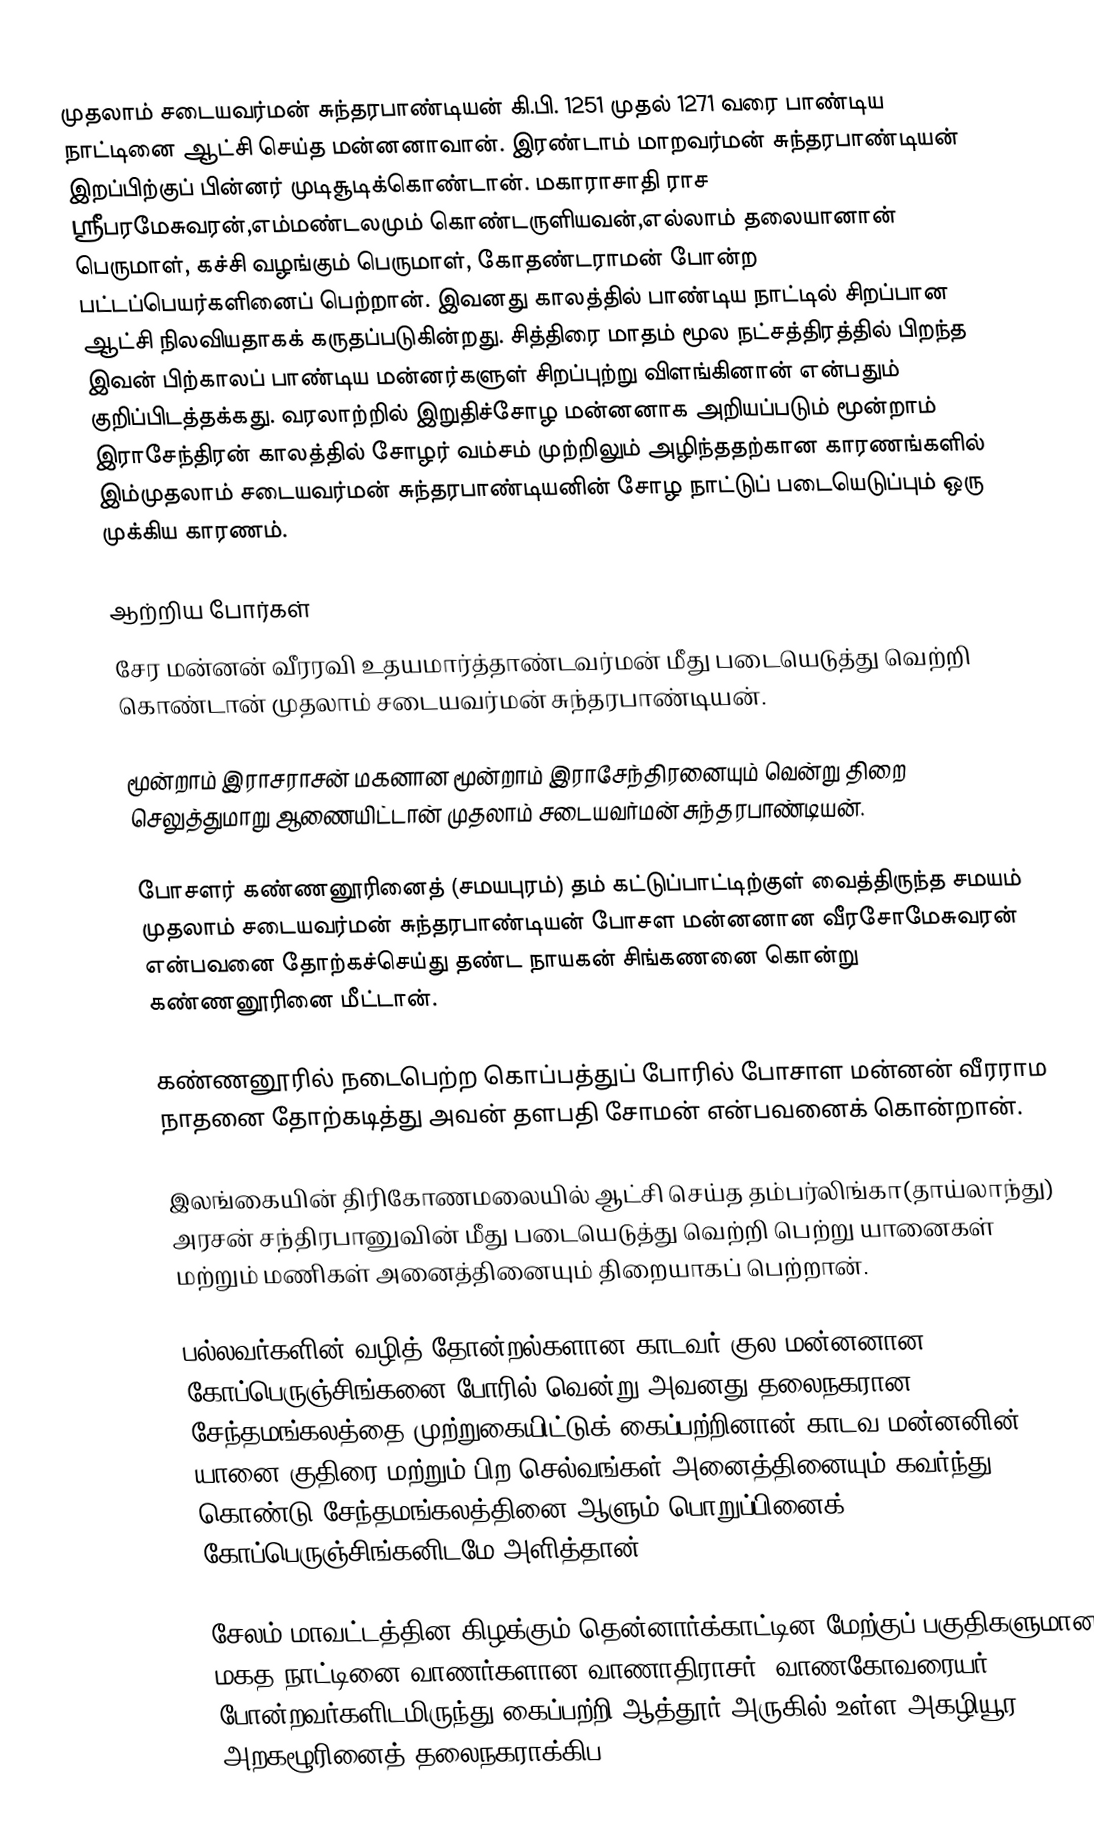
முதலாம் சடையவர்மன் சுந்தரபாண்டியன் கி.பி. 1251 முதல் 1271 வரை பாண்டிய நாட்டினை ஆட்சி செய்த மன்னனாவான். இரண்டாம் மாறவர்மன் சுந்தரபாண்டியன் இறப்பிற்குப் பின்னர் முடிசூடிக்கொண்டான். மகாராசாதி ராச ஸ்ரீபரமேசுவரன்,எம்மண்டலமும் கொண்டருளியவன்,எல்லாம் தலையானான் பெருமாள், கச்சி வழங்கும் பெருமாள், கோதண்டராமன் போன்ற பட்டப்பெயர்களினைப் பெற்றான். இவனது காலத்தில் பாண்டிய நாட்டில் சிறப்பான ஆட்சி நிலவியதாகக் கருதப்படுகின்றது. சித்திரை மாதம் மூல நட்சத்திரத்தில் பிறந்த இவன் பிற்காலப் பாண்டிய மன்னர்களுள் சிறப்புற்று விளங்கினான் என்பதும் குறிப்பிடத்தக்கது. வரலாற்றில் இறுதிச்சோழ மன்னனாக அறியப்படும் மூன்றாம் இராசேந்திரன் காலத்தில் சோழர் வம்சம் முற்றிலும் அழிந்ததற்கான காரணங்களில் இம்முதலாம் சடையவர்மன் சுந்தரபாண்டியனின் சோழ நாட்டுப் படையெடுப்பும் ஒரு முக்கிய காரணம்.

ஆற்றிய போர்கள்
 சேர மன்னன் வீரரவி உதயமார்த்தாண்டவர்மன் மீது படையெடுத்து வெற்றி கொண்டான் முதலாம் சடையவர்மன் சுந்தரபாண்டியன்.

 மூன்றாம் இராசராசன் மகனான மூன்றாம் இராசேந்திரனையும் வென்று திறை செலுத்துமாறு ஆணையிட்டான் முதலாம் சடையவர்மன் சுந்தரபாண்டியன்.

 போசளர் கண்ணனூரினைத்  (சமயபுரம்) தம் கட்டுப்பாட்டிற்குள் வைத்திருந்த சமயம் முதலாம் சடையவர்மன் சுந்தரபாண்டியன் போசள மன்னனான வீரசோமேசுவரன் என்பவனை தோற்கச்செய்து தண்ட நாயகன் சிங்கணனை கொன்று கண்ணனூரினை மீட்டான்.

 கண்ணனூரில் நடைபெற்ற கொப்பத்துப் போரில் போசாள மன்னன் வீரராம நாதனை தோற்கடித்து அவன் தளபதி சோமன் என்பவனைக் கொன்றான்.

 இலங்கையின் திரிகோணமலையில் ஆட்சி செய்த தம்பர்லிங்கா(தாய்லாந்து) அரசன் சந்திரபானுவின் மீது படையெடுத்து வெற்றி பெற்று யானைகள் மற்றும் மணிகள் அனைத்தினையும் திறையாகப் பெற்றான்.

 பல்லவர்களின் வழித் தோன்றல்களான காடவர் குல மன்னனான கோப்பெருஞ்சிங்கனை போரில் வென்று அவனது தலைநகரான  சேந்தமங்கலத்தை முற்றுகையிட்டுக் கைப்பற்றினான்.காடவ மன்னனின் யானை,குதிரை மற்றும் பிற செல்வங்கள் அனைத்தினையும் கவர்ந்து கொண்டு சேந்தமங்கலத்தினை ஆளும் பொறுப்பினைக்  கோப்பெருஞ்சிங்கனிடமே அளித்தான்.

 சேலம் மாவட்டத்தின கிழக்கும் தென்னார்க்காட்டின மேற்குப் பகுதிகளுமான மகத நாட்டினை வாணர்களான வாணாதிராசர், வாணகோவரையர் போன்றவர்களிடமிருந்து கைப்பற்றி ஆத்தூர் அருகில் உள்ள அகழியூர - அறகழூரினைத் தலைநகராக்கிப